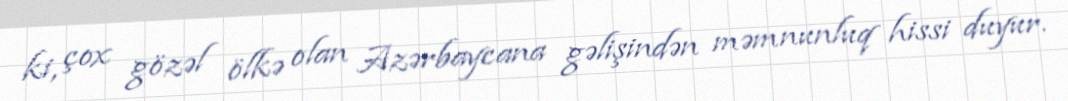
ki, çox gözəl ölkə olan Azərbaycana gəlişindən məmnunluq hissi duyur.